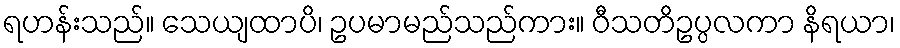
ရဟန်းသည်။ သေယျထာပိ၊ ဥပမာမည်သည်ကား။ ဝီသတိဥပ္ပလကာ နိရယာ၊